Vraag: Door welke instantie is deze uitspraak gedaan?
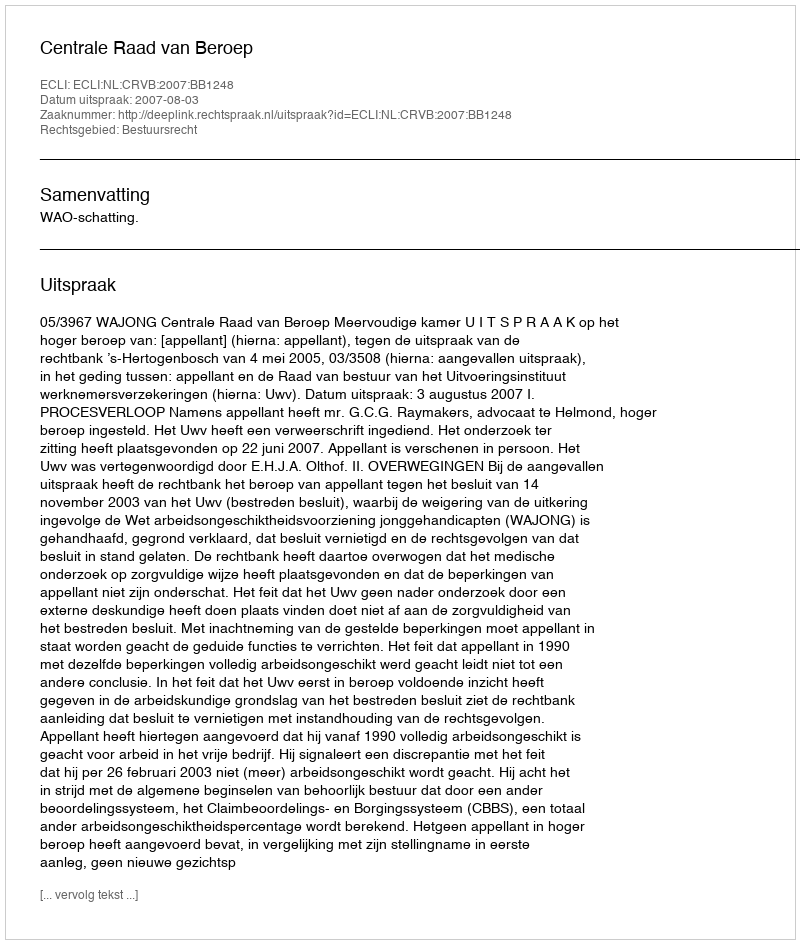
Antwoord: Centrale Raad van Beroep